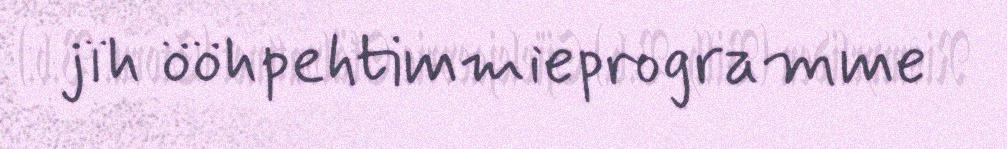
jïh ööhpehtimmieprogramme